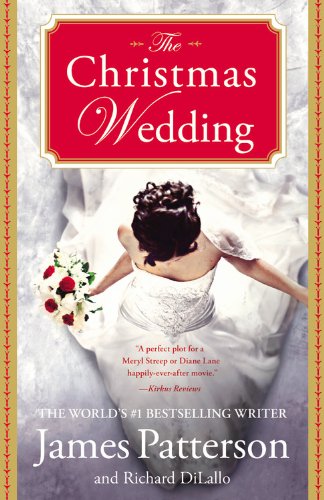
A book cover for The Christmas Wedding; James Patterson; Romance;